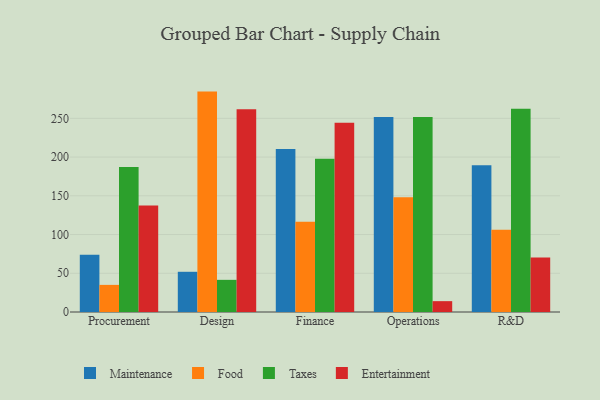
{"axis": {"x": "Department", "y": "Inventory Turnover"}, "legend": ["Entertainment", "Food", "Maintenance", "Taxes"], "data": [{"x": "Procurement", "y": 73.8, "type": "Maintenance"}, {"x": "Procurement", "y": 35.0, "type": "Food"}, {"x": "Procurement", "y": 187.1, "type": "Taxes"}, {"x": "Procurement", "y": 137.5, "type": "Entertainment"}, {"x": "Design", "y": 51.9, "type": "Maintenance"}, {"x": "Design", "y": 284.5, "type": "Food"}, {"x": "Design", "y": 41.5, "type": "Taxes"}, {"x": "Design", "y": 261.6, "type": "Entertainment"}, {"x": "Finance", "y": 210.5, "type": "Maintenance"}, {"x": "Finance", "y": 116.5, "type": "Food"}, {"x": "Finance", "y": 197.9, "type": "Taxes"}, {"x": "Finance", "y": 244.2, "type": "Entertainment"}, {"x": "Operations", "y": 251.7, "type": "Maintenance"}, {"x": "Operations", "y": 148.1, "type": "Food"}, {"x": "Operations", "y": 251.6, "type": "Taxes"}, {"x": "Operations", "y": 14.0, "type": "Entertainment"}, {"x": "R&D", "y": 189.5, "type": "Maintenance"}, {"x": "R&D", "y": 106.1, "type": "Food"}, {"x": "R&D", "y": 262.4, "type": "Taxes"}, {"x": "R&D", "y": 70.5, "type": "Entertainment"}]}